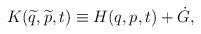
LaTeX: \begin{align*}K(\widetilde{q},\widetilde{p},t) \equiv H(q,p,t) + \dot{G},\end{align*}